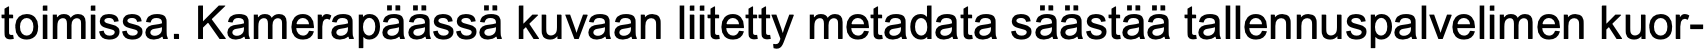
toimissa. Kamerapäässä kuvaan liitetty metadata säästää tallennuspalvelimen kuor-